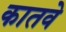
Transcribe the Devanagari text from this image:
कातवे